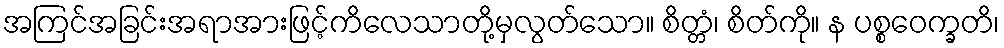
အကြင်အခြင်းအရာအားဖြင့်ကိလေသာတို့မှလွတ်သော။ စိတ္တံ၊ စိတ်ကို။ န ပစ္စဝေက္ခတိ၊